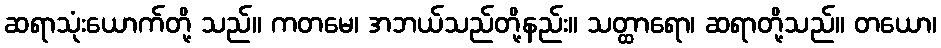
ဆရာသုံးယောက်တို့ သည်။ ကတမေ၊ အဘယ်သည်တို့နည်း။ သတ္ထာရော၊ ဆရာတို့သည်။ တယော၊